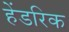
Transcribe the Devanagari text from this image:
हेंडरिक